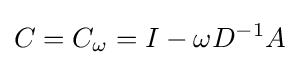
C=C_{\omega }=I-\omega D^{-1}A